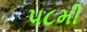
૫૮મી